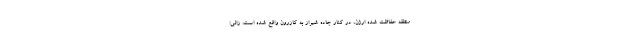
منطقه حفاظت شده ارژن، در کنار جاده شیراز به کازرون واقع شده است. زالی: